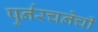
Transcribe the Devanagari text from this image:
पुर्नरचनेची